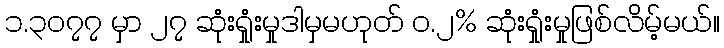
၁.၃၀၇၇ မှာ ၂၇ ဆုံးရှုံးမှုဒါမှမဟုတ် ၀.၂% ဆုံးရှုံးမှုဖြစ်လိမ့်မယ်။